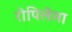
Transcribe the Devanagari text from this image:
रोपिलेमा